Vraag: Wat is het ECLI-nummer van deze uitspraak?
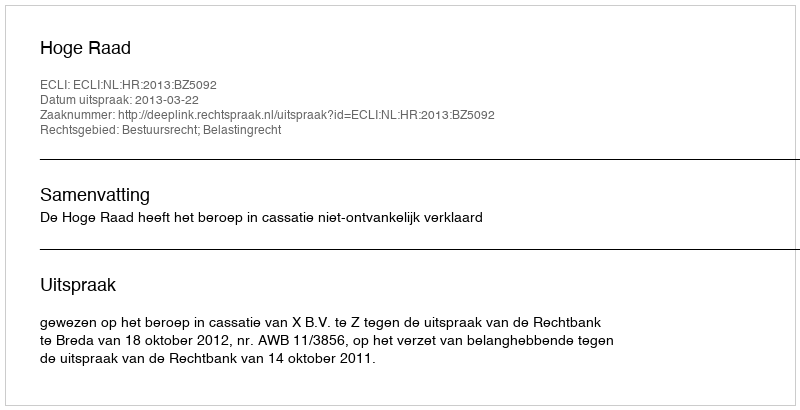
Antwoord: ECLI:NL:HR:2013:BZ5092